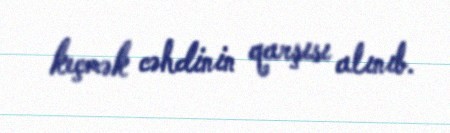
keçmək cəhdinin qarşısı alınıb.